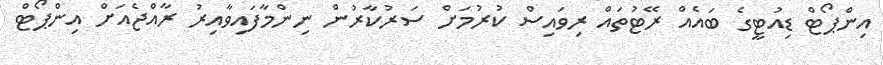
އިންޕޯޓް ޑިއުޓީގެ ބައެއް ރޭޓުތައް ރިވައިސް ކުރުމަށް ސަރުކާރުން ނިންމާފައިވާއިރު ރާއްޖެއަށް އިންޕޯޓް